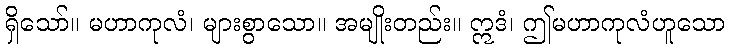
ရှိသော်။ မဟာကုလံ၊ များစွာသော။ အမျိုးတည်း။ ဣဒံ၊ ဤမဟာကုလံဟူသော